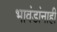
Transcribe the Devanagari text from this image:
भावंडांनाही